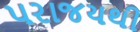
પરાજયથી